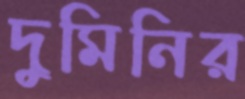
দুমিনির